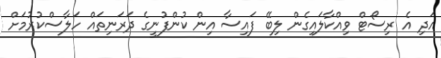
އަދި އެ ރިސޯޓް ވިއްކާލައިގެން ލިބޭ ފައިސާ އިން ކުންފުނީގެ ދަރަނިތައް ހަލާސްކުރުމަށް